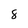
Character: 8